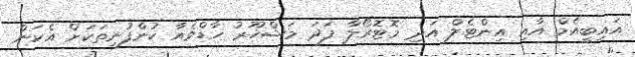
އައިބީއެމް އާއި އިންޓެލް އަދި މޮޓޮރޯލާ ފަދަ މަޝްހޫރު ހާޑްވެއާ ކުންފުނިތަކަށް އެކަން